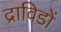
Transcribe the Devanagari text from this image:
द्राविडों